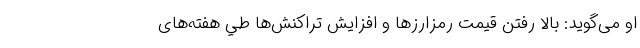
او می‌گويد: بالا رفتن قيمت رمزارزها و افزايش تراكنش‌ها طي هفته‌های